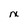
Character: x